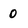
Character: 0